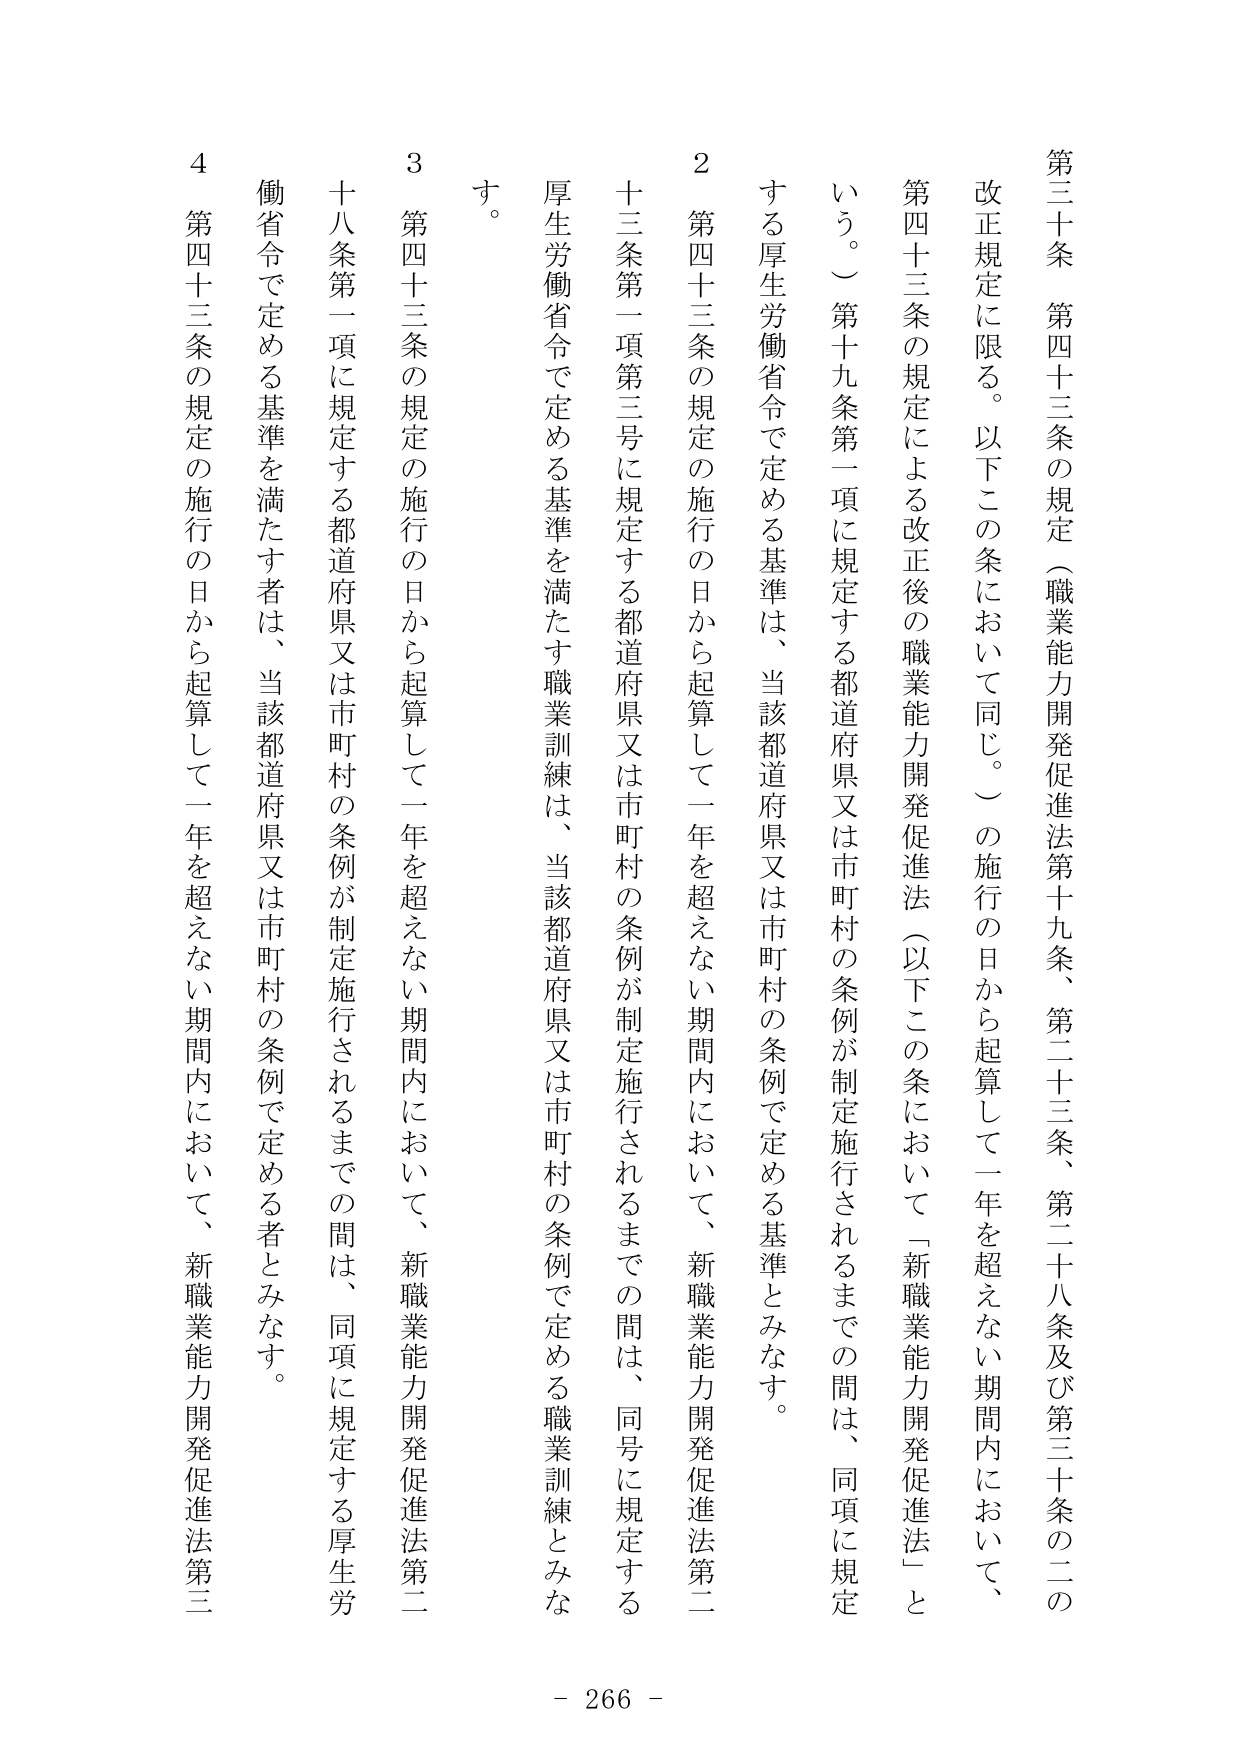
第三十条　第四十三条の規定（職業能力開発促進法第十九条、第二十三条、第二十八条及び第三十条の二の改正規定に限る。以下この条において同じ。）の施行の日から起算して一年を超えない期間内において、第四十三条の規定による改正後の職業能力開発促進法（以下この条において「新職業能力開発促進法」という。）第十九条第一項に規定する都道府県又は市町村の条例が制定施行されるまでの間は、同項に規定する厚生労働省令で定める基準は、当該都道府県又は市町村の条例で定める基準とみなす。

２　第四十三条の規定の施行の日から起算して一年を超えない期間内において、新職業能力開発促進法第二十三条第一項第三号に規定する都道府県又は市町村の条例が制定施行されるまでの間は、同号に規定する厚生労働省令で定める基準を満たす職業訓練は、当該都道府県又は市町村の条例で定める職業訓練とみなす。

３　第四十三条の規定の施行の日から起算して一年を超えない期間内において、新職業能力開発促進法第二十八条第一項に規定する都道府県又は市町村の条例が制定施行されるまでの間は、同項に規定する厚生労働省令で定める基準を満たす者は、当該都道府県又は市町村の条例で定める者とみなす。

４　第四十三条の規定の施行の日から起算して一年を超えない期間内において、新職業能力開発促進法第三

- 266 -